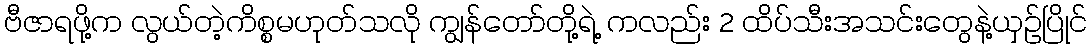
ဗီဇာရဖို့က လွယ်တဲ့ကိစ္စမဟုတ်သလို ကျွန်တော်တို့ရဲ့ ကလည်း 2 ထိပ်သီးအသင်းတွေနဲ့ယှဉ်ပြိုင်